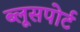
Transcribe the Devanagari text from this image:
ब्लूसपोर्ट